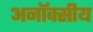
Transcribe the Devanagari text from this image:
अनॉक्सीय